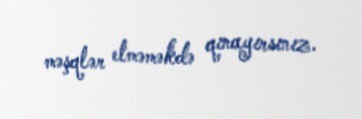
məşqlər etməməkdə qınayırsınız.